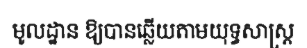
មូលដ្ឋាន ឱ្យបានឆ្លើយតាមយុទ្ធសាស្ត្រ